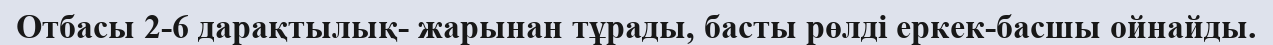
Отбасы 2-6 дарақтылық- жарынан тұрады, басты рөлді еркек-басшы ойнайды.